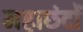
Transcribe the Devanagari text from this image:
महाछंदों